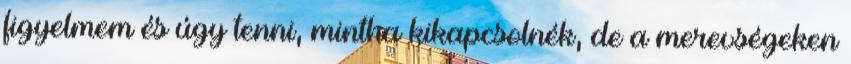
figyelmem és úgy tenni, mintha kikapcsolnék, de a merevségeken